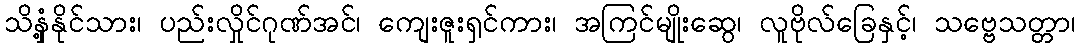
သိနှံ့နိုင်သား၊ ပည်းလှိုင်ဂုဏ်အင်၊ ကျေးဇူးရှင်ကား၊ အကြင်မျိုးဆွေ၊ လူဗိုလ်ခြေနှင့်၊ သဗ္ဗေသတ္တာ၊